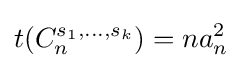
t(C_{n}^{s_{1},\ldots ,s_{k}})=na_{n}^{2}